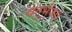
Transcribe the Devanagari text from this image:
चतुर्भुजा।